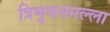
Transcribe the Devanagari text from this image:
त्रिभुवनमल्‍ला